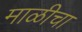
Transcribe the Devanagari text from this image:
माळीचा